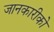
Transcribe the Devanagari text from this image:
जानकारीको